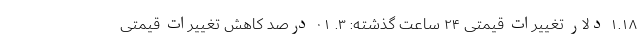
۱.۱۸ دلار تغییرات قیمتی ۲۴ ساعت گذشته: ۳. ۰۱ درصد کاهش تغییرات قیمتی